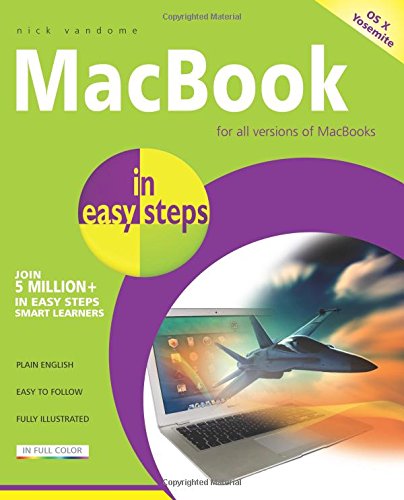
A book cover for MacBook in Easy Steps: Covers OS X Yosemite (10.10); Nick Vandome; Computers & Technology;